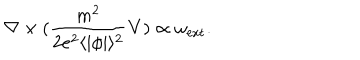
{ \bf \nabla } \times ( \frac { m ^ { 2 } } { 2 e ^ { 2 } \langle | \phi | \rangle ^ { 2 } } { \bf V } ) \propto { \bf \omega } _ { \mathrm { e x t } } .